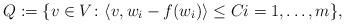
LaTeX: \begin{align*}Q : = \{v \in V \colon \langle v,w_i-f(w_i)\rangle \leq C i=1,\ldots,m\},\end{align*}